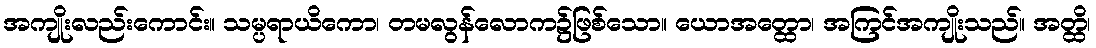
အကျိုးလည်းကောင်း။ သမ္ပရာယိကော၊ တမလွန်လောက၌ဖြစ်သော။ ယောအတ္ထော၊ အကြင်အကျိုးသည်။ အတ္ထိ၊